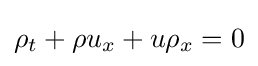
\rho _{t}+\rho u_{x}+u\rho _{x}=0